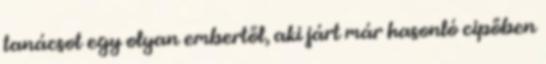
tanácsot egy olyan embertől, aki járt már hasonló cipőben